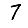
Digit: 7